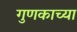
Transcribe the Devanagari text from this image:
गुणकाच्या